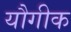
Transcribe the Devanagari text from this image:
यौगीक